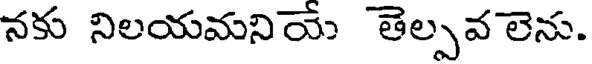
నకు నిలయమనియే తెల్పవ లెను.